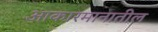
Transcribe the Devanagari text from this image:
आकारमानातील